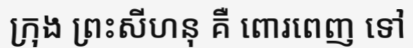
ក្រុង ព្រះសីហនុ គឺ ពោរពេញ ទៅ